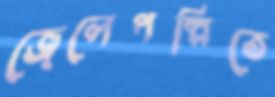
জেলেপল্লিতে